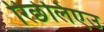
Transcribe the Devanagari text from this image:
रिछेलिएउ